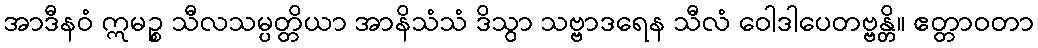
အာဒီနဝံ ဣမဉ္စ သီလသမ္ပတ္တိယာ အာနိသံသံ ဒိသွာ သဗ္ဗာဒရေန သီလံ ဝေါဒါပေတဗ္ဗန္တိ။ ဧတ္တာဝတာ